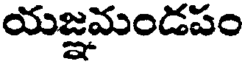
యజ్ఞమండపం